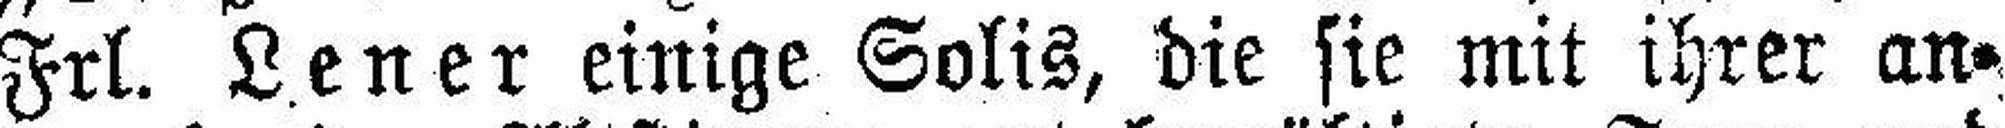
Frl. Lener einige Solis, die sie mit ihrer an¬